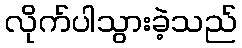
လိုက်ပါသွားခဲ့သည်